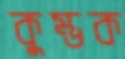
কুম্ভক